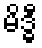
မိဒ္ဓီ